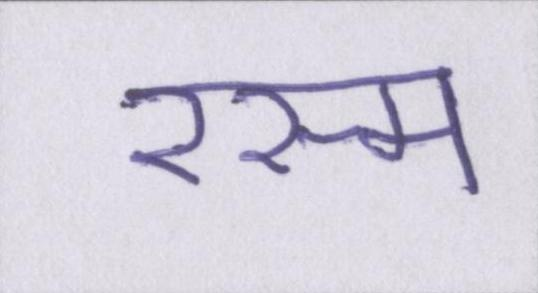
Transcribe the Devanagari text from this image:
रस्म